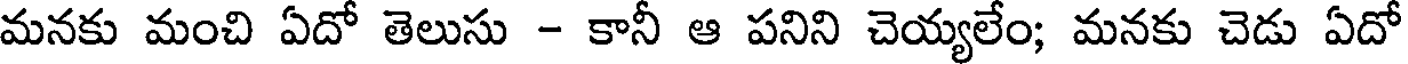
మనకు మంచి ఏదో తెలుసు - కానీ ఆ పనిని చెయ్యలేం; మనకు చెడు ఏదో